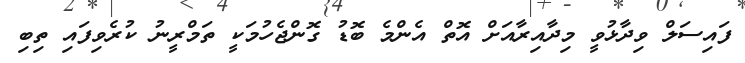
ފައިސަލް ވިދާޅުވީ މިދާއިރާއަށް އޮތް އެންމެ ބޮޑު ގޮންޖެހުމަކީ ތަމްރީނު ކުރެވިފައި ތިބި